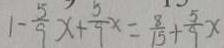
1 - \frac { 5 } { 9 } x + \frac { 5 } { 9 } x = \frac { 8 } { 1 5 } + \frac { 5 } { 9 } x